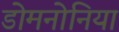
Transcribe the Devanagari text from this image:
डोमनोनिया